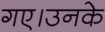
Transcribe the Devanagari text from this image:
गए।उनके